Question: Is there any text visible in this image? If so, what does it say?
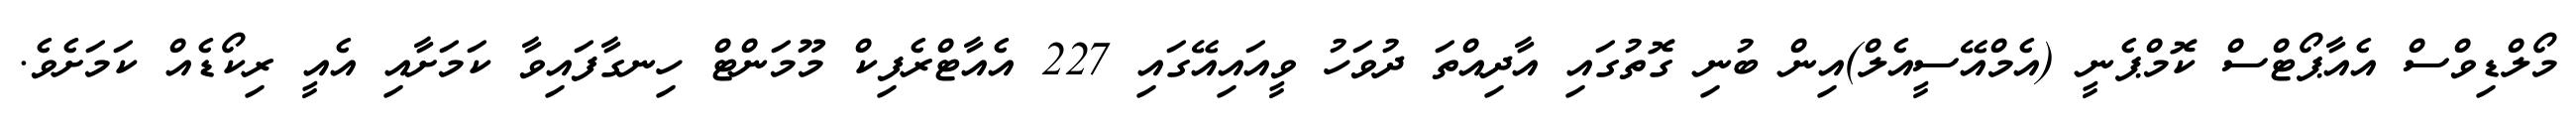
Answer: މޯލްޑިވްސް އެއާޕޯޓްސް ކޮމްޕެނީ (އެމްއޭސީއެލް)އިން ބުނި ގޮތުގައި އާދިއްތަ ދުވަހު ވީއައިއޭގައި 227 އެއާޓްރެފިކް މޫމަންޓް ހިނގާފައިވާ ކަމަށާއި އެއީ ރިކޯޑެއް ކަމަށެވެ.